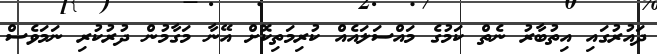
ދައުުރުގައި އިތުބާރު ނެތް ކަމުގެ މައްސަލައެއް ކުރިމަތިކޮށް އޭނާ މަގާމުން ދުރުކުރި ނަމަވެސް